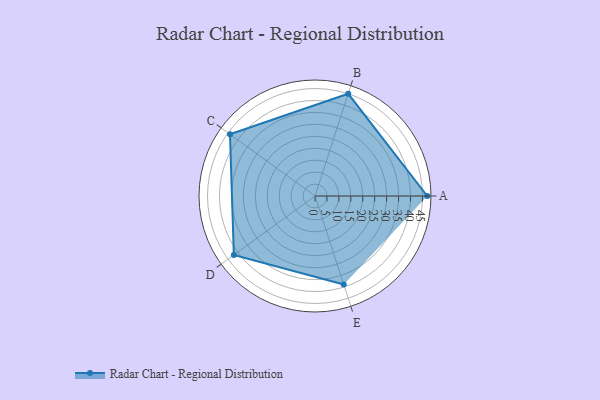
{"axis": {"x": "Skill", "y": "Score"}, "legend": ["Profile"], "data": [{"x": "A", "y": 47.0, "type": "Profile"}, {"x": "B", "y": 45.0, "type": "Profile"}, {"x": "C", "y": 44.0, "type": "Profile"}, {"x": "D", "y": 42.0, "type": "Profile"}, {"x": "E", "y": 39.0, "type": "Profile"}]}